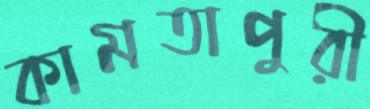
কামতাপুরী